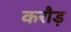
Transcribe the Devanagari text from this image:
करौड़